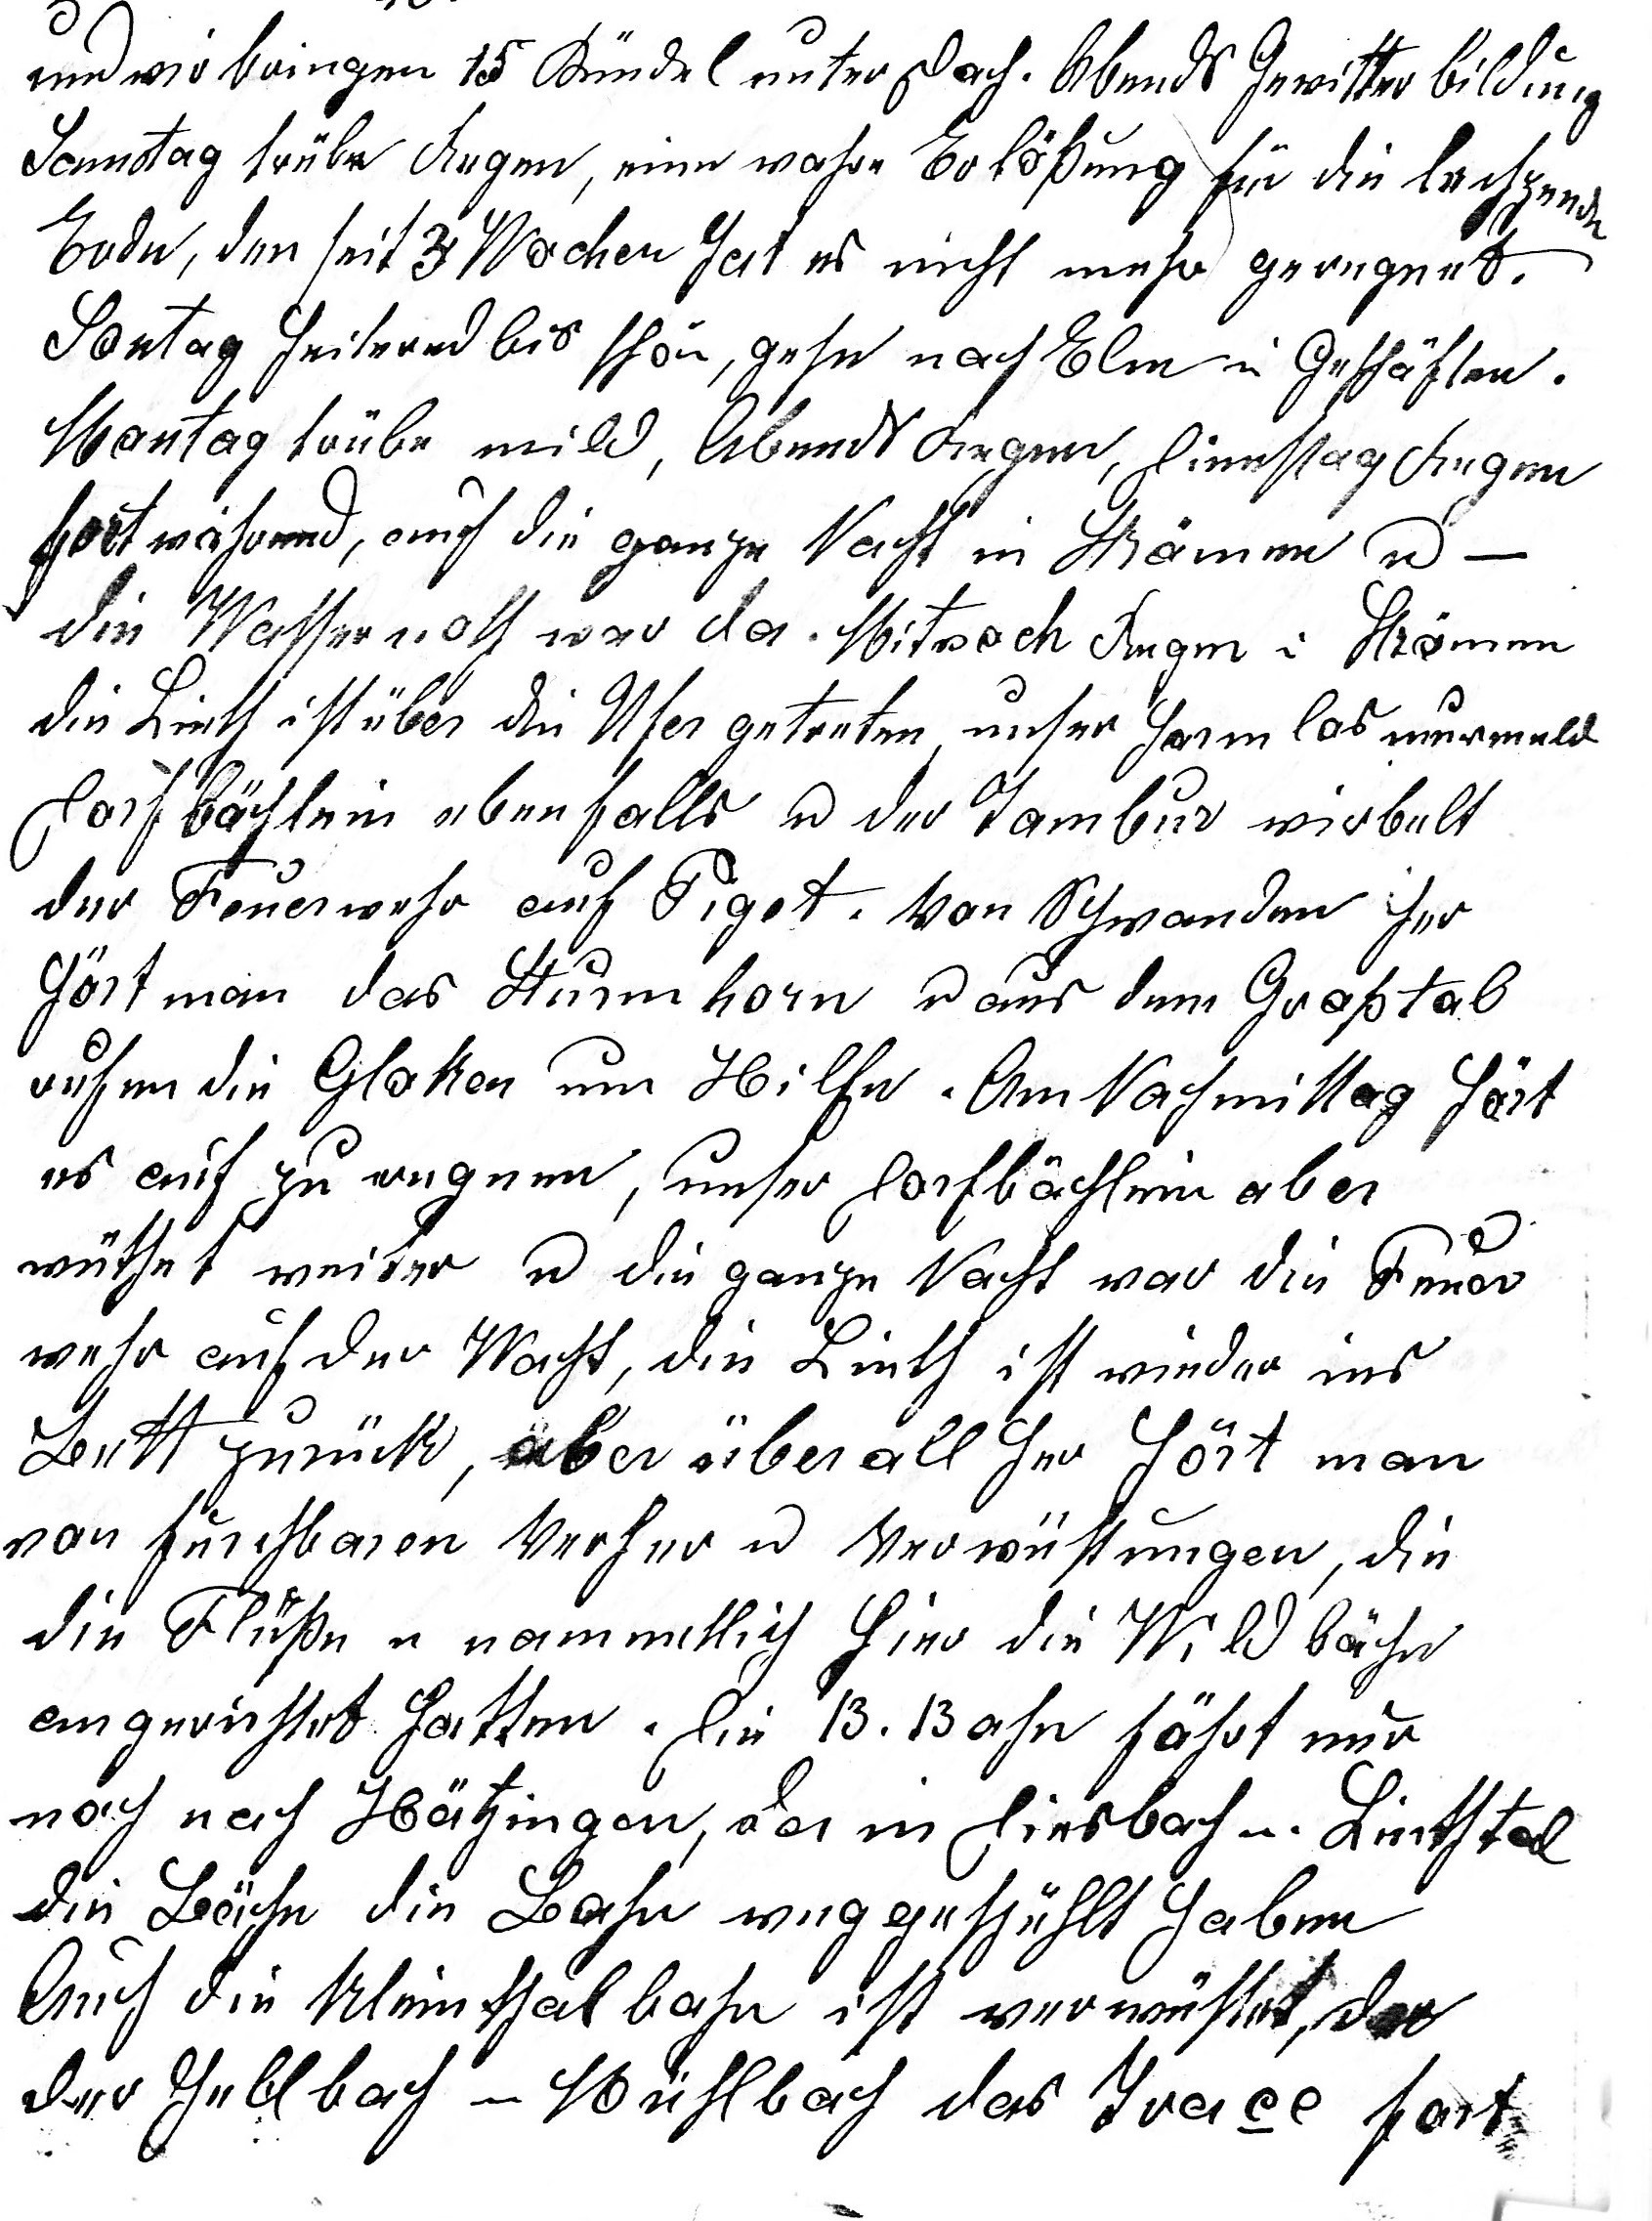
und wir bringen 15 Bündel unter Dach. Abends Gewitterbildung
Samstag trübe Regen, eine wahre Erlösung für die lechzende
Erde, den seit 3 Wochen hat es nicht mehr geregnet.
Sontag heiternd bis schön, gehe nach Elm in Geschäften.
Montag trübe mild, Abends Regen, Dienstag Regen
fortwährend, auch die ganze Nacht in Strömen u ---
die Wassernoth war da. Mitwoch Regen in Strömen
die Linth ist über die Ufer getreten, unser harmlos murmelnd
Dorfbächlein ebenfalls u der Tambur wirbelt
der Feuerwehr auf Piqet. Von Schwanden her
hört man das Sturmhorn u aus dem Grosstal
rufen die Gloken um Hilfe. Am Nachmittag hört
es auf zu regnen, unser Dorfbächlein aber
wüthet weiter u die ganze Nacht war die Feuer
wehr auf der Wacht, die Linth ist wieder ins
Bett zurück, aber überall her hört man
von furchtbaren  Verher u Verwüstungen, die
die Flüsse u namentlich hier die Wildbäche
angerichtet hatten. Die B. Bahn fährt nur
noch nach Hätzingen, da in Diesbach u Linthal
die Bäche die Bahn weggespühlt haben.
Auch die Kleinthalbahn ist verwüstet, da
der Jetzbach u Mühlbach das Trace fort-